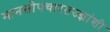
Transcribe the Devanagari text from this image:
मानसोपचारतज्ज्ञांशी